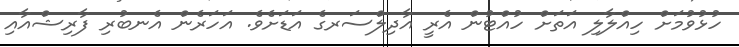
ހުޅުވުމަށް ހިއްލާލި އަތަށް ހުއްޓުން އެރީ އާދިލްސަރގެ އަޑަށެވެ. އަހަރެން އެނބުރި ފާރިޝްއާއި